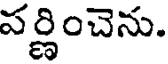
పర్ణించెను.